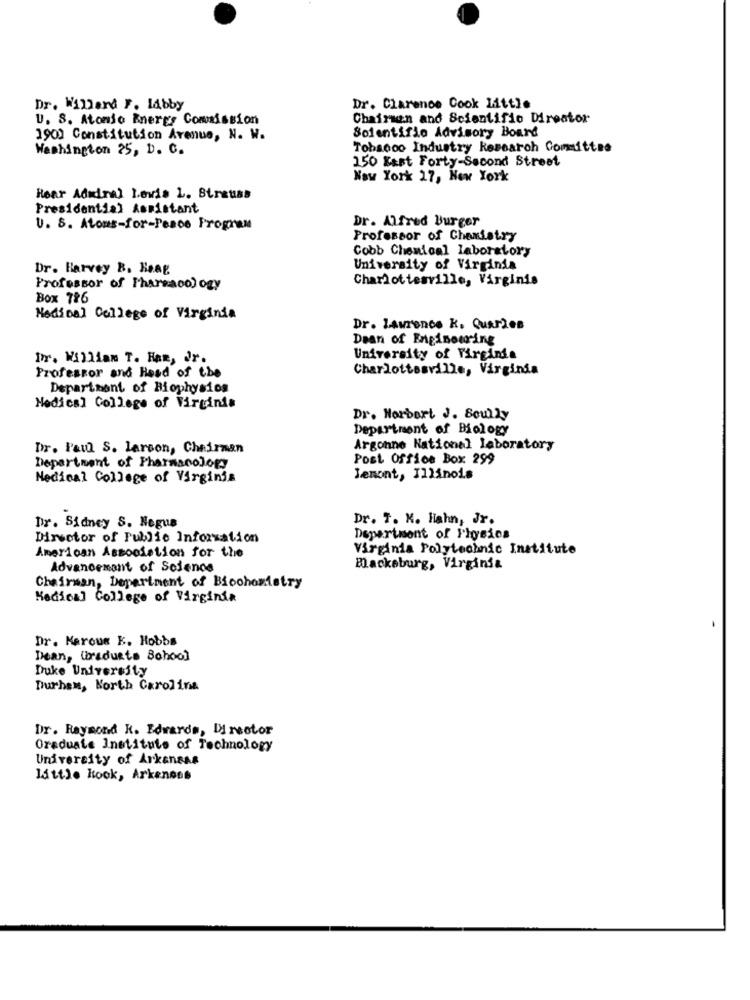
Dr. Willard F. Idbby
Dr. Clarence Cook Little
U. S. Atonio Energy Commission
Chairsen and Scientifio Director
1900 Constitution Avenue, N. W.
Scientifio Advisory Board
Washington 25, D. C.
Tobacco Industry Research Committee
150 Kast Forty-Second Street
New York 17, New York
Rear Admiral Levis L. Strauss
Presidential Assistant
Dr. Alfred Burger
U. S. Atoms-for-Pesos Program
Professor of Chemistry
Cobb Chemical laboratory
Dr. Harvey B. Heag
University of Virginia
Charlottesville, Virginis
Professor of Pharmacology
Box 786
Medical College of Virginia
Dr. Lawrence k. Quaries
Daan of Engineering
Ir. William T. Ham, Or.
University of Virginia
Professor and Head of the
Charlottesville, Virginia
Department of Biophysios
Nodical College of Virginia
Dr. Norbert J. Scully
Department of Biology
Dr. Paul S. larson, Chairman
Argonne National laboratory
Post Office Box 299
Department of Pharmacology
Nedical College of Virginia
Jemont, Illinois
Dr. T. K. Hahn, Jr.
Dr. Sidney S. Negus
Director of Public Information
Department of Physics
American Association for the
Virginia Polytechnic Institute
Advancement of Science
Blacksburg, Virginia
Chairman, Department of Biochemistry
Medical College of Virginia
Dr. Marous K. Hobbs
Dean, Uredueto Bohool
Duke University
Durham, North Carolina
Dr. Raymond R. Edwards, Director
Graduate Institute of Technology
University of Arkansas
little Rock, Arkenees